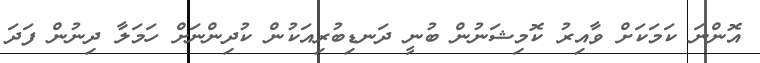
އޮންނަ ކަމަކަށް ވާއިރު ކޮމިޝަނުން ބުނީ ދަނޑިބުރިއަކުން ކުދިންނަށް ހަމަލާ ދިނުން ފަދަ